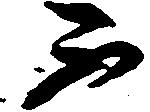
不